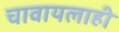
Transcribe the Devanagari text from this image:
चावायलाही